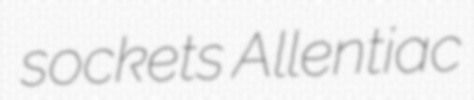
sockets Allentiac